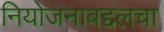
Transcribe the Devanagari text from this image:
नियोजनाबद्दलचा